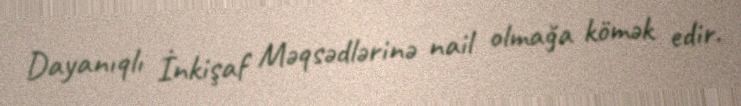
Dayanıqlı İnkişaf Məqsədlərinə nail olmağa kömək edir.